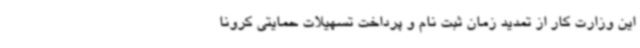
این وزارت کار از تمدید زمان ثبت نام و پرداخت تسهیلات حمایتی کرونا